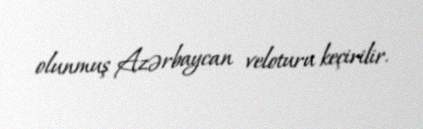
olunmuş Azərbaycan veloturu keçirilir.